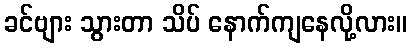
ခင်ဗျား သွားတာ သိပ် နောက်ကျနေလို့လား။